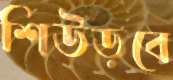
শিউড়বে